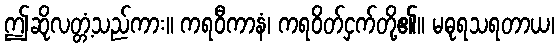
ဤဆိုလတ္တံ့သည်ကား။ ကရဝီကာနံ၊ ကရဝိတ်ငှက်တို့၏။ မဓုရသရတာယ၊